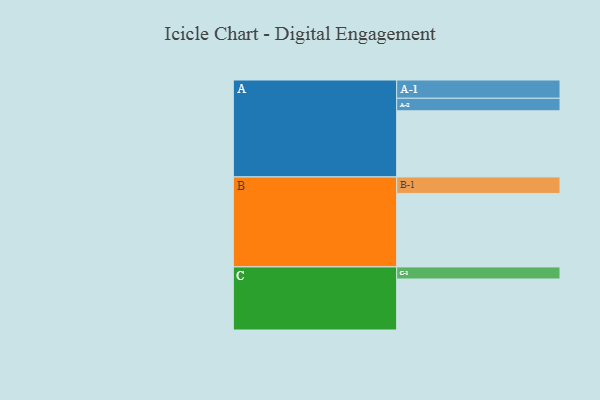
{"axis": {"x": "Segment", "y": "Value"}, "legend": ["", "A", "B", "C"], "data": [{"x": "A", "y": 406, "type": ""}, {"x": "B", "y": 451, "type": ""}, {"x": "C", "y": 313, "type": ""}, {"x": "A-1", "y": 112, "type": "A"}, {"x": "A-2", "y": 77, "type": "A"}, {"x": "B-1", "y": 101, "type": "B"}, {"x": "C-1", "y": 74, "type": "C"}]}